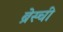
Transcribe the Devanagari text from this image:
ब्रेस्ची